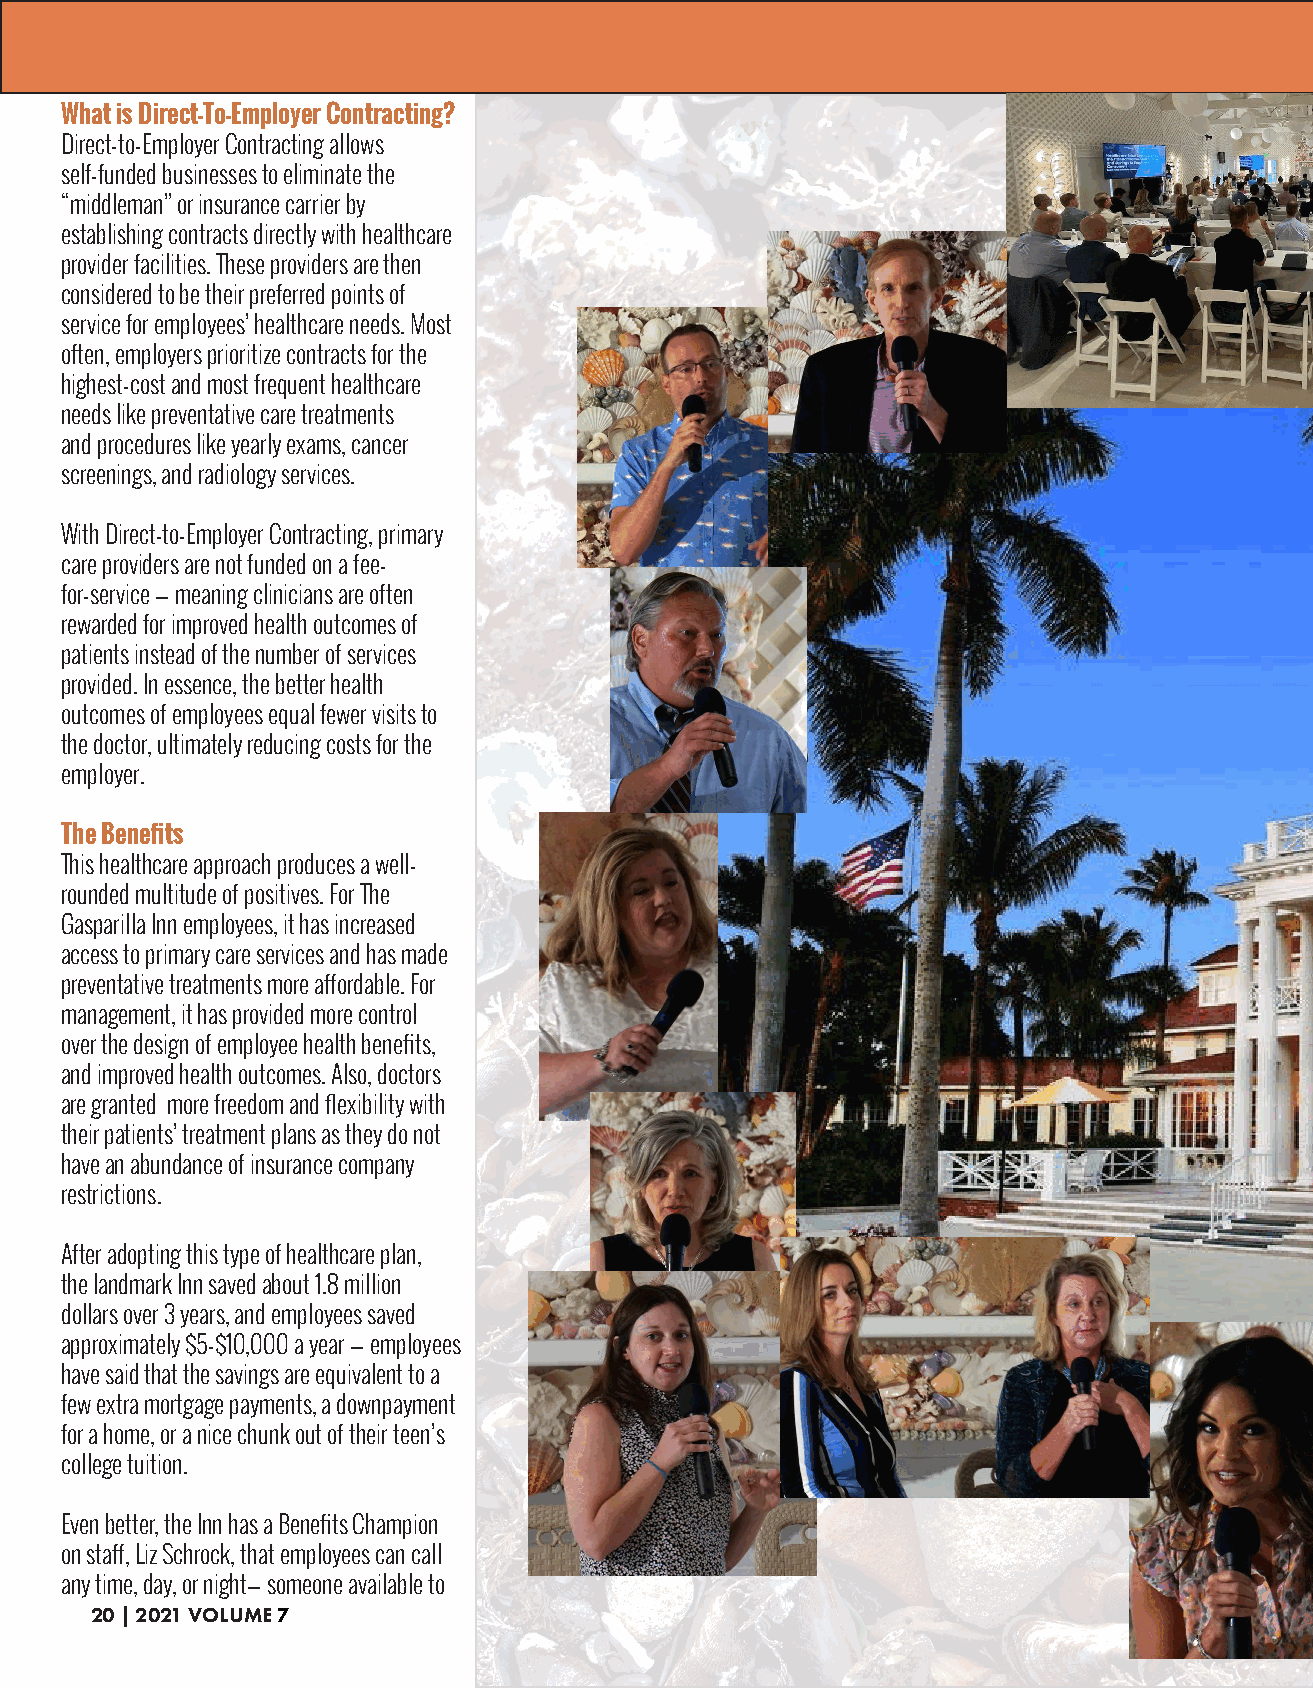
What is Direct-To-Employer Contracting?
 Direct-to-Employer Contracting allows
 self-funded businesses to eliminate the
 “middleman” or insurance carrier by
 establishing contracts directly with healthcare
 provider facilities. These providers are then
 considered to be their preferred points of
 service for employees’ healthcare needs. Most
 often, employers prioritize contracts for the
 highest-cost and most frequent healthcare
 needs like preventative care treatments
 and procedures like yearly exams, cancer
 screenings, and radiology services.
 With Direct-to-Employer Contracting, primary
 care providers are not funded on a fee-
 for-service — meaning clinicians are often
 rewarded for improved health outcomes of
 patients instead of the number of services
 provided. In essence, the better health
 outcomes of employees equal fewer visits to
 the doctor, ultimately reducing costs for the
 employer.
 The Benefits
 This healthcare approach produces a well-
 rounded multitude of positives. For The
 Gasparilla Inn employees, it has increased
 access to primary care services and has made
 preventative treatments more affordable. For
 management, it has provided more control
 over the design of employee health benefits,
 and improved health outcomes. Also, doctors
 are granted more freedom and flexibility with
 their patients’ treatment plans as they do not
 have an abundance of insurance company
 restrictions.
 After adopting this type of healthcare plan,
 the landmark Inn saved about 1.8 million
 dollars over 3 years, and employees saved
 approximately $5-$10,000 a year — employees
 have said that the savings are equivalent to a
 few extra mortgage payments, a downpayment
 for a home, or a nice chunk out of their teen’s
 college tuition.
 Even better, the Inn has a Benefits Champion
 on staff, Liz Schrock, that employees can call
 any time, day, or night— someone available to
 20 | 2021 VOLUME 7